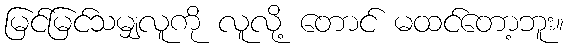
မြင်မြင်သမျှလူကို လူလို့ တောင် မထင်တော့ဘူး။